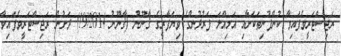
ރަޖިސްޓަރީވެފައިވާ ކުންފުނިތަކަށާއި އަމިއްލަ ފަރުދުންގެ ވިޔަފާރީގެ ޤާނޫނު (ޤާނޫނު 19/2014) ދަށުން ރަޖިސްޓަރީވެފައިވާ